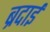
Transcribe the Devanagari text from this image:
ब्रदाई